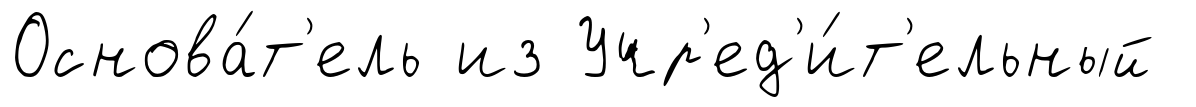
Основа́т'ель из Учр'ед'и́т'ельный